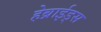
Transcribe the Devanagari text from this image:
हेब्राईड्स